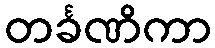
တင်္ခဏိကာ